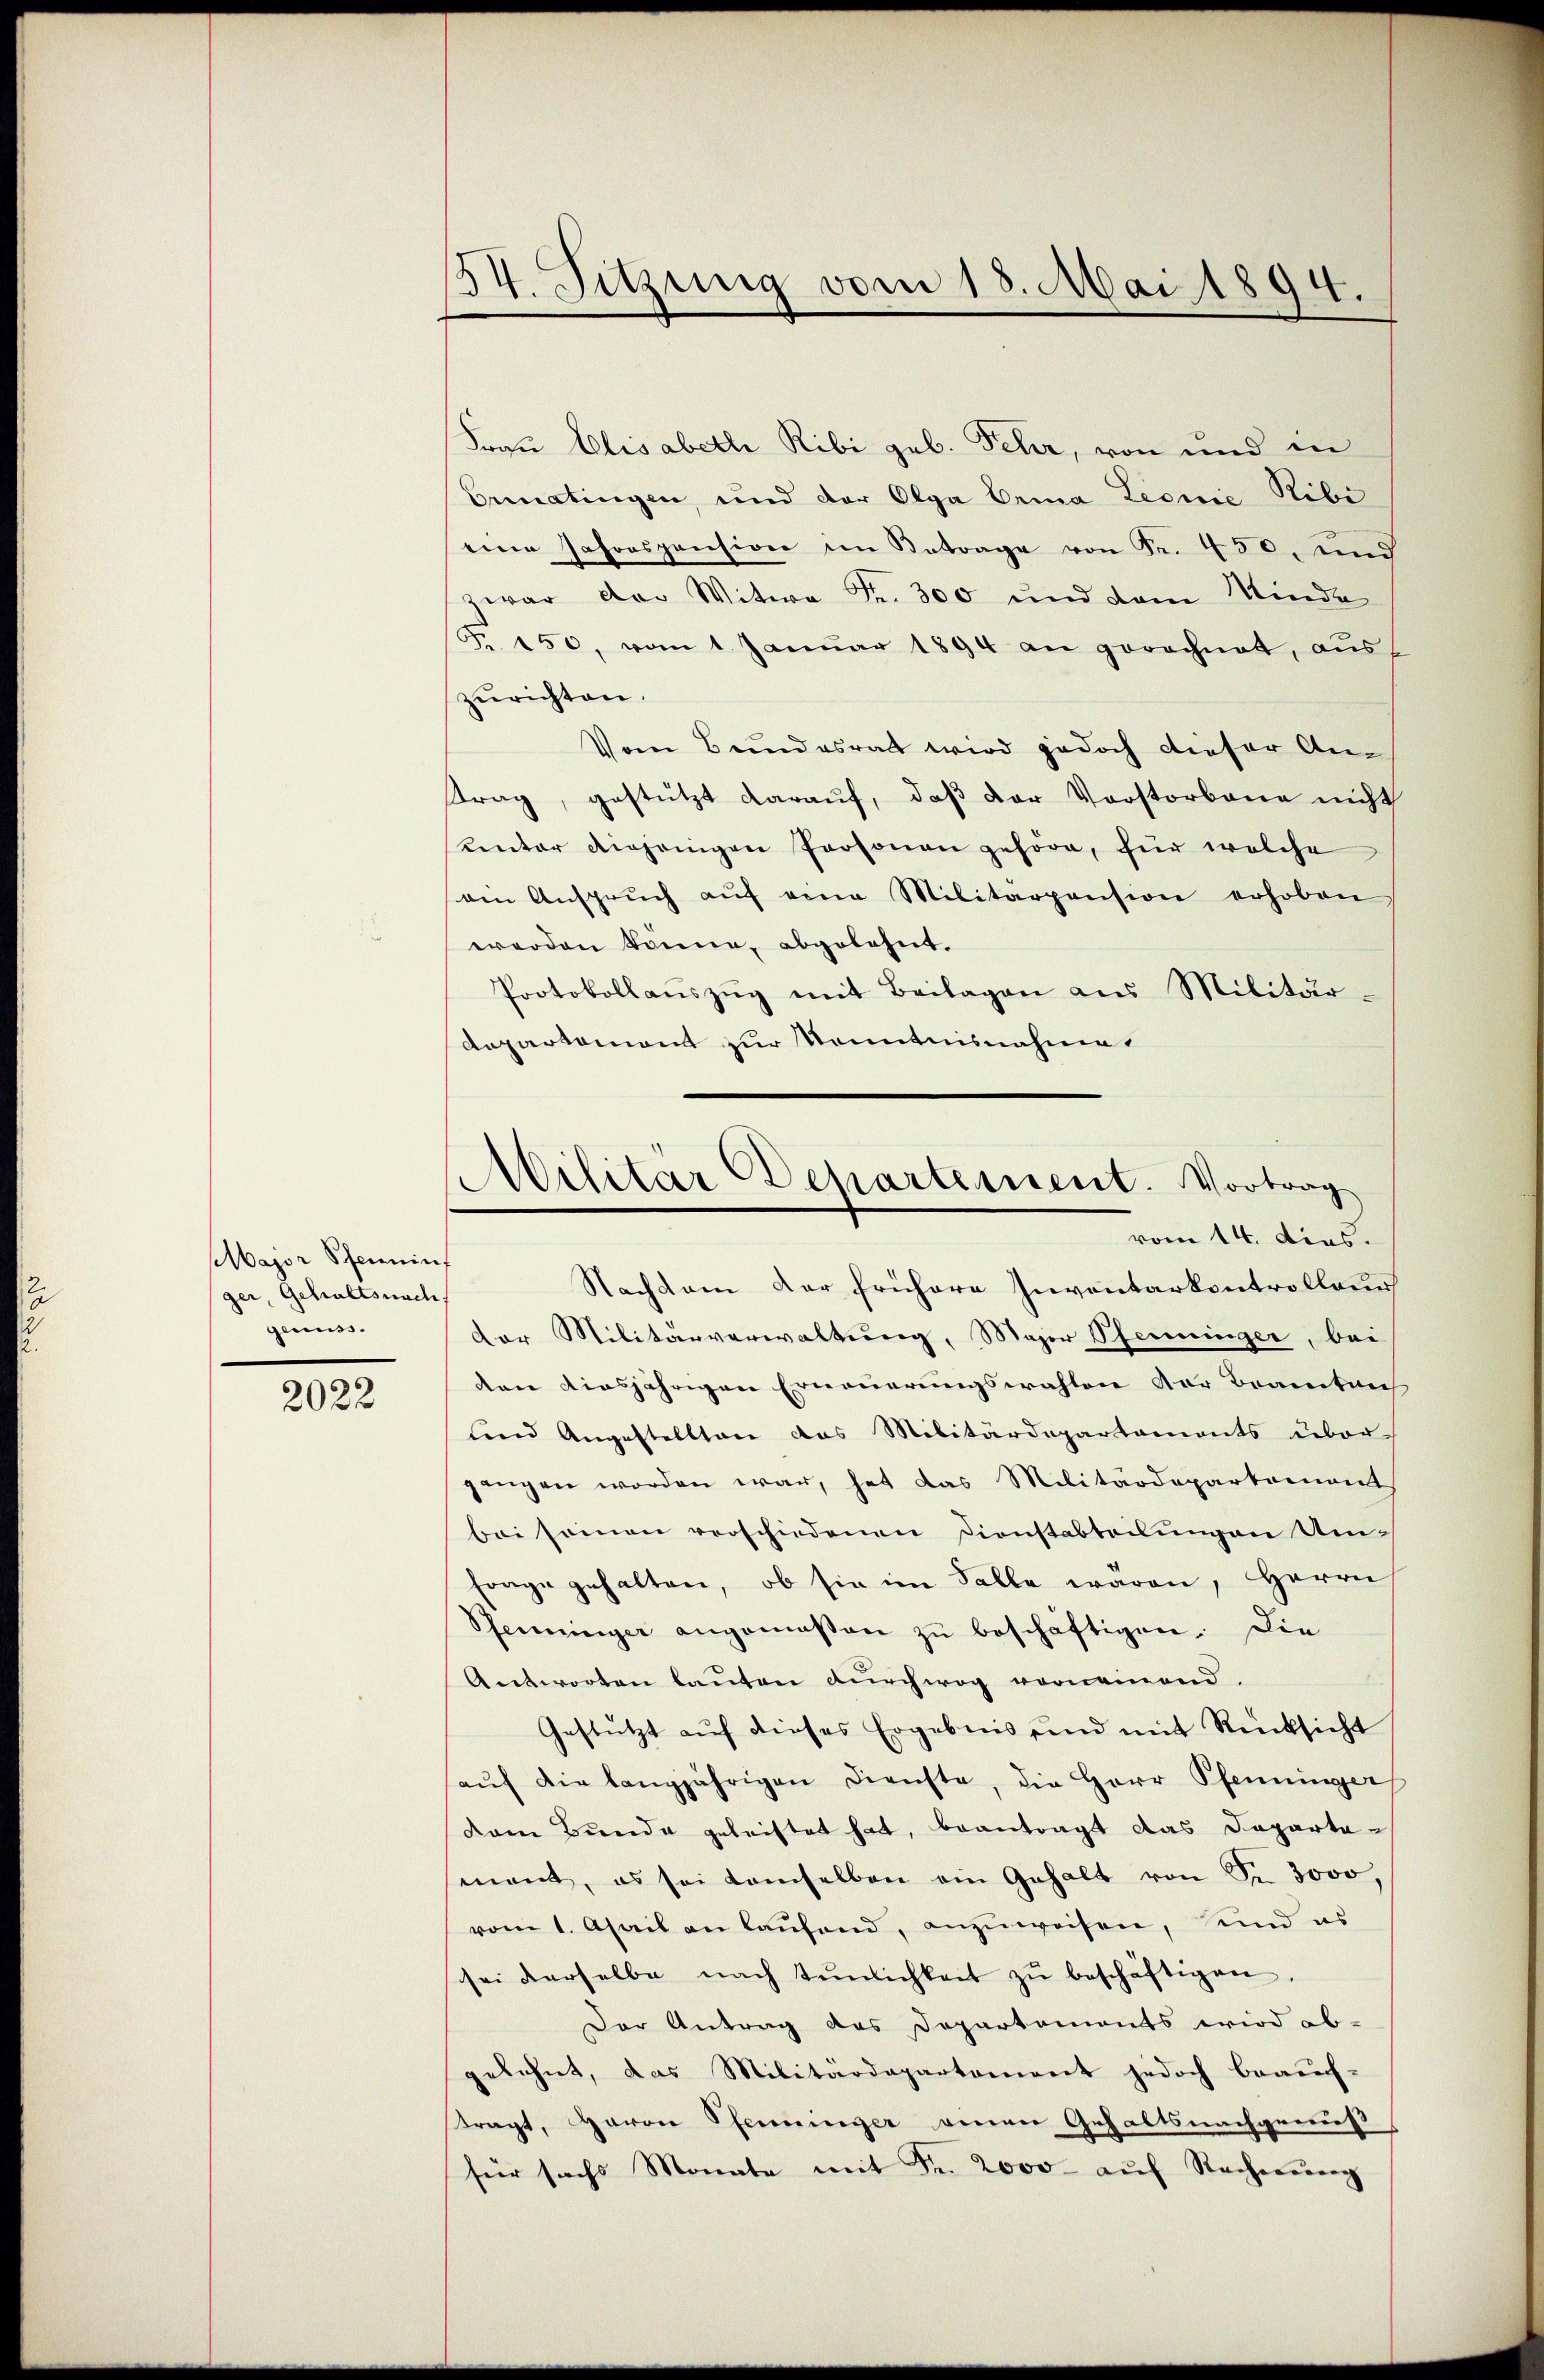
Major Pfenninf
ger, Gehaltsnach
genuss.

2022

134. Sitzung vom 18. Mai 1894.

Frau Elisabeth Ribi geb. Fehr, von und in
Einatingen, und der Olga Erina Leonie Ribi
eine Jahrospension im Betrage von Fr. 450, und
zwar das Witwe Fr. 300 und dem Minde
Fr. 150, vom 1. Januar 1894 an gerechnet, aus
zurichten.
Vom Bundesrat wird jedoch dieser Antrag, gestützt darauf, daß der Vorstorbene nicht
unter diejenigen Personen gehöre, für welche
am Ansprŭch aŭf eine Militärpension erhoben
werden könne, abgelehnt.
Protokollaŭszŭg mit Beilagen aus Militär-
Aepartement zur Kenntnisnahme.
Nachdem der frühere Inventarkontrolleur
der Militärverwaltung, Major Pfenninger, bei
den diesjährigen Erneuerungswahlen der Beamtaus
tend Angestellten das Militärdepartaments über
gangen worden war, hat das Militärdepartement
bei seinen verschiedenen Dienstabteilungen Um-
frage gehalten, ob sie im Falle waren, Herrn
Pfenninger angemeßen zŭ beschäftigen. Die
Antworten lauten durchweg verneinend.
Gestützt auf dieses Ergebnis und mit Rücksicht
aŭf die langjährigen Dienste, die Herr Pfenninger
dam Bunde geleistet hat, beantragt das Departesenant, es sei demselben ein Gehalt von Sr. 3000,
vom 1. April an laufend, anzuweisen, sind es
sei derselbe nach Tŭnlichkeit zŭ beschäftigen,
Der Antrag das Departements wird ab-
gelehnt, das Militärdepartement jedoch brauch-
tragt, Herrn Pfenninger einen Gehaltsnachgemeß
hier sichs Monate mit Fr. 2000 aŭf Recherŭng

Militär Departement. Vortrag
vom 14. dies.